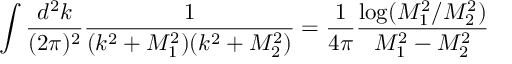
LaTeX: \int \frac { d ^ { 2 } k } { ( 2 \pi ) ^ { 2 } } \frac { 1 } { ( k ^ { 2 } + M _ { 1 } ^ { 2 } ) ( k ^ { 2 } + M _ { 2 } ^ { 2 } ) } = \frac { 1 } { 4 \pi } \frac { \log ( M _ { 1 } ^ { 2 } / M _ { 2 } ^ { 2 } ) } { M _ { 1 } ^ { 2 } - M _ { 2 } ^ { 2 } }